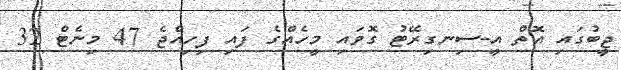
ޖީބުގައި އޮތް އީ-ސިނގިރޭޓު ގޮވައި މީހެއްގެ ފައި ފިހިއްޖެ 47 މިނެޓް 32